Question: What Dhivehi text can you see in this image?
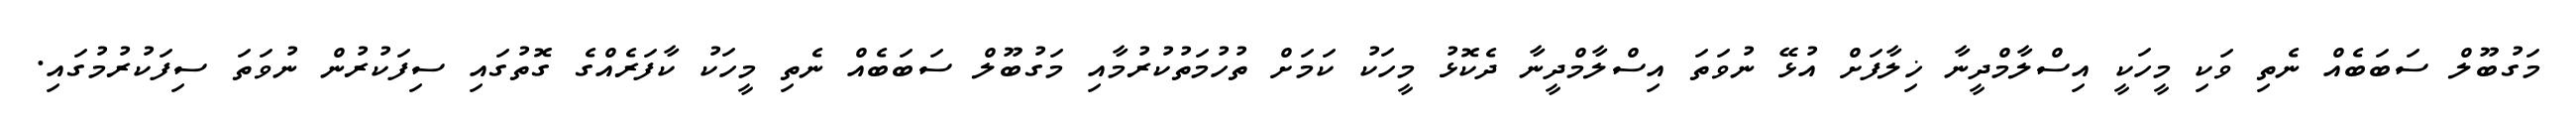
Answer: މަގުބޫލް ސަބަބެއް ނެތި ވަކި މީހަކީ އިސްލާމްދީނާ ޚިލާފަށް އުޅޭ ނުވަތަ އިސްލާމްދީނާ ދެކޮޅު މީހަކު ކަމަށް ތުހުމަތުކުރުމާއި މަގުބޫލް ސަބަބެއް ނެތި މީހަކު ކާފަރެއްގެ ގޮތުގައި ސިފަކުރުން ނުވަތަ ސިފަކުރުމުގައި.